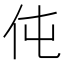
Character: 伅